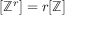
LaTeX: [ \mathbb { Z } ^ { r } ] = r [ \mathbb { Z } ]